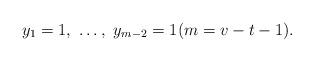
LaTeX: \begin{align*} y_1=1,\ \ldots,\ y_{m-2}=1 (m=v-t-1). \end{align*}